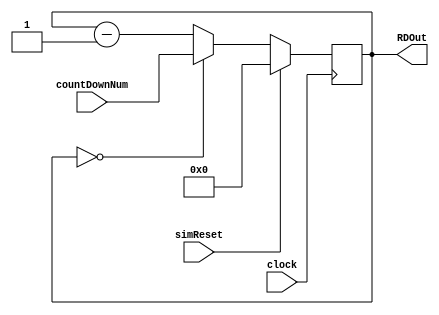
`timescale 1ns/1ns

module RateDivider(countDownNum, clock, simReset, RDOut);

	input[31:0] countDownNum;
	input clock, simReset;
	output reg[31:0] RDOut;
	
	always @ (posedge clock)
		begin
			if (simReset)
				RDOut <= 0;
			else if (RDOut == 0)
				RDOut <= countDownNum;
			else
				RDOut <= RDOut - 1;
		end

endmodule